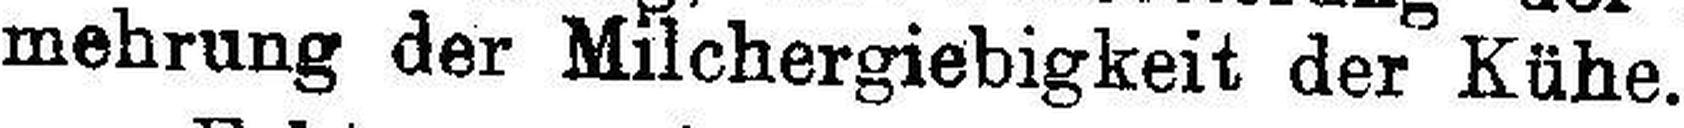
mehrung der Milchergiebigkeit der Kühe.